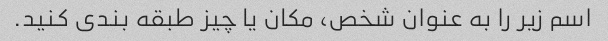
اسم زیر را به عنوان شخص، مکان یا چیز طبقه بندی کنید.